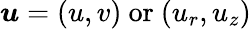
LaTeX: \boldsymbol{u}=(u,v)~\textrm{or}~(u_{r},u_{z})